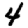
Digit: 4